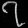
Digit: ၇